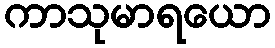
ကာသုမာရယော